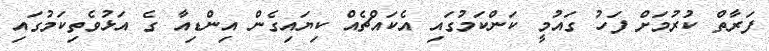
ފަރާތް ކުރުމަށް ފަހު ގައުމީ ކަންކަމުގައި އެކައްޗެއް ކިޔައިގެން އިންޑިއާ ގެ އަޅުވެތިކަމުގައި